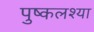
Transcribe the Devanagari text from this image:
पुष्कलश्या